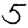
Digit: 5